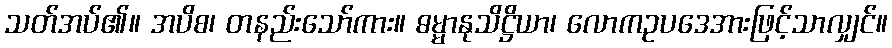
သတ်အပ်၏။ အပိစ၊ တနည်းသော်ကား။ ဓမ္မာနုသိဋ္ဌိယာ၊ လောကဥပဒေအားဖြင့်သာလျှင်။